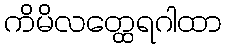
ကိမိလတ္ထေရဂါထာ